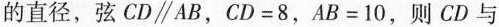
的直径，弦CD\parallel AB，$$C D = 8$$，$$A B = 1 0$$，则CD与